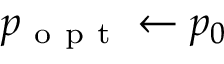
p _ { \mathrm { ~ o ~ p ~ t ~ } } \gets p _ { 0 }